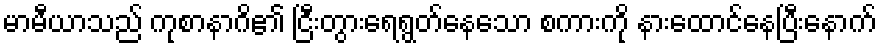
မာမီယာသည် ကုစာနာဂိ၏ ငြီးတွားရေရွတ်နေသော စကားကို နားထောင်နေပြီးနောက်